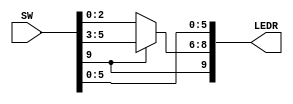
module mux_2_to_1 (SW, LEDR); //Create module mux_2_to_1  
  
input [9:0]SW;                //Input Declarations: 10 slide switches
output[9:0]LEDR;              //Output Declarations: 10 red LED lights                                                   

wire S;    	  	      //Declare the Select signal  
wire [2:0] X, Y, M;           //Declare the inputs and outputs to the MUX  
  
assign S = SW[9];             //Assigning input switches to internal signals
assign X = SW[2:0];   	
assign Y = SW[5:3];  
  
assign LEDR[8:6] = M;         //Assigning internal signals to output LEDs 
assign LEDR[9] = SW[9];  
assign LEDR[2:0] = SW[2:0];
assign LEDR[5:3] = SW[5:3];

assign M = (S == 0) ? X : Y;  //Mux Select Function   
  
endmodule